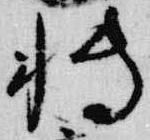
博